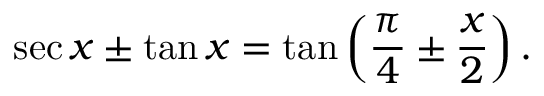
\sec x \pm \tan x = \tan \left( { \frac { \pi } { 4 } } \pm { \frac { x } { 2 } } \right) .